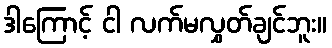
ဒါကြောင့် ငါ လက်မလွှတ်ချင်ဘူး။